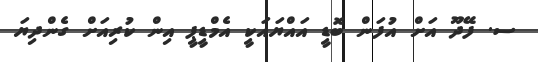
ސ. ފޭދޫ އަށް އުފަން ބޮޑީ އައްޔައަކީ އެމްޑީޕީ އިން ކުރިއަށް ގެންދިޔަ